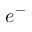
e ^ { - }